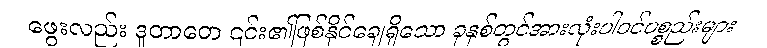
ဖွေးလည်း ဒူတာတေ ၎င်း၏ဖြစ်နိုင်ချေရှိသော ခုနှစ်တွင်အားလုံးပါဝင်ပစ္စည်းများ